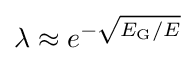
\lambda \approx e^{-{\sqrt {{E_{\mathrm {G} }}/{E}}}}